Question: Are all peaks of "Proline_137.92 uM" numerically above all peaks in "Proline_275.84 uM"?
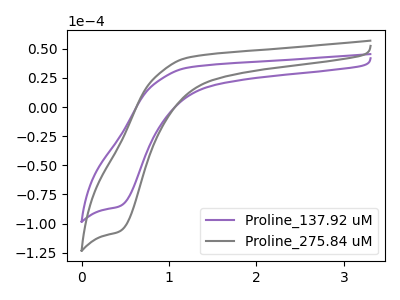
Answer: <think>The purple curve "Proline_137.92 uM" has a cathodic peak at: (0.45V, -85.00uA). The gray curve "Proline_275.84 uM" has a cathodic peak at: (0.45V, -106.55uA).</think>
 <answer>Every peak in "Proline_137.92 uM" is lower than every peak in "Proline_275.84 uM".</answer>
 <eval>lower</eval>